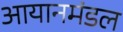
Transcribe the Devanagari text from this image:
आयानमंडल